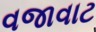
વજાવાટ